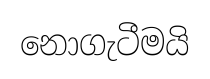
නොගැටීමයි